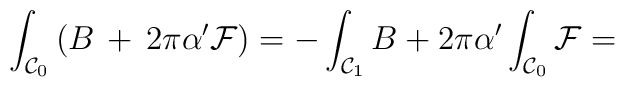
\int_{{\cal C}_0} \left(B \,+\, 2 \pi \alpha'  {\cal F}\right) = -\int_{{\cal C}_1} B + 2 \pi \alpha' \int_{{\cal C}_0} {\cal F} =